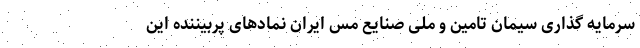
سرمایه گذاری سیمان تامین و ملی صنایع مس ایران نمادهای پربیننده این